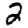
Digit: 2